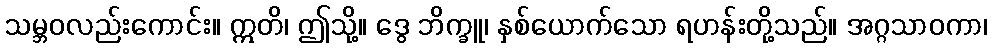
သမ္ဘဝလည်းကောင်း။ ဣတိ၊ ဤသို့။ ဒွေ ဘိက္ခူ၊ နှစ်ယောက်သော ရဟန်းတို့သည်။ အဂ္ဂသာဝကာ၊